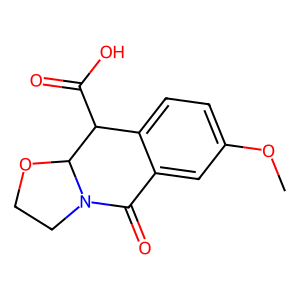
SMILES: COc1ccc2c(c1)C(=O)N1CCOC1C2C(=O)O
Inhibits HIV replication: No